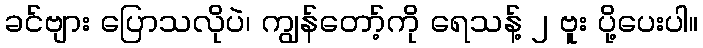
ခင်ဗျား ပြောသလိုပဲ၊ ကျွန်တော့်ကို ရေသန့် ၂ ဗူး ပို့ပေးပါ။